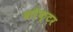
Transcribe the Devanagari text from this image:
करैक्टर